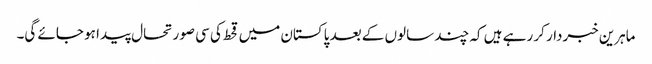
ماہرین خبردار کر رہے ہیں کہ چند سالوں کے بعد پاکستان میں قحط کی سی صورتحال پیدا ہو جائے گی۔